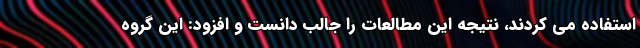
استفاده می کردند، نتیجه این مطالعات را جالب دانست و افزود: این گروه